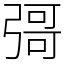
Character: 彁